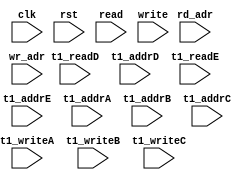
module ip_top_sva_2_smurf_2r3w
  #(
parameter     NUMADDR = 1024,
parameter     BITADDR = 10,
parameter     NUMWRPRT = 1,
parameter     NUMRDPRT = 1)
(
  input clk,
  input rst,
  input [NUMRDPRT-1:0]             read,
  input [NUMRDPRT*BITADDR-1:0]     rd_adr,
  input [NUMWRPRT-1:0]             write,
  input [NUMWRPRT*BITADDR-1:0]     wr_adr,
  input                            t1_readD,
  input [BITADDR-1:0]              t1_addrD,
  input                            t1_readE,
  input [BITADDR-1:0]              t1_addrE,
  input                            t1_writeA, 
  input [BITADDR-1:0]              t1_addrA,
  input                            t1_writeB, 
  input [BITADDR-1:0]              t1_addrB,
  input                            t1_writeC, 
  input [BITADDR-1:0]              t1_addrC
);

`ifdef FORMAL
//synopsys translate_off
genvar wr_int;
generate for (wr_int=0; wr_int<NUMWRPRT; wr_int=wr_int+1) begin: wr_loop
  wire write_wire = write >> wr_int;
  wire [BITADDR-1:0] wr_adr_wire = wr_adr >> (wr_int*BITADDR);

  assert_wr_range_check: assume property (@(posedge clk) disable iff (rst) write_wire |-> (wr_adr_wire < NUMADDR));
end
endgenerate

genvar t1_vbnk_int, t1_prpt_int;

genvar rd_int;
generate for (rd_int=0; rd_int<NUMRDPRT; rd_int=rd_int+1) begin: rd_loop
  wire read_wire = read >> rd_int;
  wire [BITADDR-1:0] rd_adr_wire = rd_adr >> (rd_int*BITADDR);

  assert_rd_range_check: assume property (@(posedge clk) disable iff (rst) read_wire |-> (rd_adr_wire < NUMADDR));
end
endgenerate


//synopsys translate_on
`endif
endmodule

module ip_top_sva_smurf_2r3w
#(
  parameter WIDTH = 16,
  parameter BITWDTH = 4,
  parameter NUMRDPRT = 1,
  parameter NUMWRPRT = 1,
  parameter NUMADDR  = 1024,
  parameter BITADDR  = 10,
  parameter SRAM_DELAY = 1,
  parameter FLOPIN    = 0,
  parameter FLOPOUT   = 0
)
(
  input clk,
  input rst,
  input [NUMRDPRT-1:0] read,
  input [NUMRDPRT*BITADDR-1:0] rd_adr,
  input [NUMRDPRT*WIDTH-1:0] rd_dout,
  input [NUMRDPRT-1:0] rd_vld,
  input [NUMWRPRT-1:0] write,
  input [NUMWRPRT*BITADDR-1:0] wr_adr,
  input [NUMWRPRT*WIDTH-1:0] din,
  input [NUMWRPRT*WIDTH-1:0] bw,
  input t1_writeA,
  input [WIDTH-1:0] t1_dinA,
  input [WIDTH-1:0] t1_bwA,
  input [BITADDR-1:0] t1_addrA,
  input t1_writeB,
  input [WIDTH-1:0] t1_dinB,
  input [WIDTH-1:0] t1_bwB,
  input [BITADDR-1:0] t1_addrB,
  input t1_writeC,
  input [WIDTH-1:0] t1_dinC,
  input [WIDTH-1:0] t1_bwC,
  input [BITADDR-1:0] t1_addrC,
  input t1_readD,
  input [WIDTH-1:0] t1_doutD,
  input [BITADDR-1:0] t1_addrD,
  input t1_readE,
  input [WIDTH-1:0] t1_doutE,
  input [BITADDR-1:0] t1_addrE,
  input [BITADDR-1:0] select_addr,
  input [BITWDTH-1:0] select_bit
);
`ifdef FORMAL
//synopsys translate_off

wire [BITADDR-1:0] wr_adr_wire [0:NUMWRPRT-1];
wire [WIDTH-1:0]   wr_din_wire [0:NUMWRPRT-1];
wire [WIDTH-1:0]   bw_wire [0:NUMWRPRT-1];
genvar wr_var;
generate for (wr_var=0; wr_var<NUMWRPRT; wr_var=wr_var+1) begin : w_loop
  assign bw_wire[wr_var]     = bw[WIDTH*(wr_var+1)-1:WIDTH*wr_var]; 
  assign wr_adr_wire[wr_var] = wr_adr[BITADDR*(wr_var+1)-1: BITADDR*wr_var];
  assign wr_din_wire[wr_var] = din[WIDTH*(wr_var+1)-1:WIDTH*wr_var];
end
endgenerate

reg meminv;
reg mem;
always @(posedge clk) 
  if(rst)
    meminv <= 1'b1;
  else begin 
    if(t1_writeA && t1_bwA[select_bit] && (t1_addrA == select_addr)) begin
      meminv <= 1'b0;
      mem <= t1_dinA[select_bit];
    end 
    if(t1_writeB && t1_bwB[select_bit] && (t1_addrB == select_addr)) begin
      meminv <= 1'b0;
      mem <= t1_dinB[select_bit];
    end 
    if(t1_writeC && t1_bwC[select_bit] && (t1_addrC == select_addr)) begin
      meminv <= 1'b0;
      mem <= t1_dinC[select_bit];
    end
  end

generate if (SRAM_DELAY>0) begin : pd_loop
assert_pdoutD_check: assert property (@(posedge clk) disable iff (rst)
				       (t1_readD && (t1_addrD == select_addr)) |-> ##SRAM_DELAY
                                       ($past(meminv,SRAM_DELAY) || (t1_doutD[select_bit] == $past(mem,SRAM_DELAY))));
assert_pdoutE_check: assert property (@(posedge clk) disable iff (rst)
				       (t1_readE && (t1_addrE == select_addr)) |-> ##SRAM_DELAY
                                       ($past(meminv,SRAM_DELAY) || (t1_doutE[select_bit] == $past(mem,SRAM_DELAY))));
end else begin : npd_loop
assert_pdoutD_check: assert property (@(posedge clk) disable iff (rst)
				       (t1_readD && (t1_addrD == select_addr)) |-> ##SRAM_DELAY
                                       (meminv || (t1_doutD[select_bit] == mem)));
assert_pdoutE_check: assert property (@(posedge clk) disable iff (rst)
				       (t1_readE && (t1_addrE == select_addr)) |-> ##SRAM_DELAY
                                       (meminv || (t1_doutE[select_bit] == mem)));
end
endgenerate

reg fakememinv;
reg fakemem;
always @(posedge clk)
  if (rst) 
    fakememinv <= 1'b1;
  else  begin
    for (integer w_int =0 ;w_int <NUMWRPRT; w_int=w_int+1) 
      if (write[w_int] && bw_wire[w_int][select_bit] && (wr_adr_wire[w_int] == select_addr)) begin
        fakememinv <= 1'b0;
        fakemem <= wr_din_wire[w_int][select_bit];
      end
  end

assert_fakemem_check: assert property (@(posedge clk) disable iff (rst) 1'b1 |-> ##1
					   (fakememinv || fakemem == mem));

genvar doutr_int;
generate for (doutr_int=0; doutr_int<NUMRDPRT; doutr_int=doutr_int+1) begin: doutr_loop
  wire read_wire = read >> doutr_int;
  wire [BITADDR-1:0] rd_adr_wire = rd_adr >> (doutr_int*BITADDR);
  wire rd_vld_wire = rd_vld >> doutr_int;
  wire [WIDTH-1:0] rd_dout_wire = rd_dout >> (doutr_int*WIDTH);

  if(FLOPIN+SRAM_DELAY+FLOPOUT>0) begin : dly_loop
  assert_dout_check: assert property (@(posedge clk) disable iff (rst) (read_wire && (rd_adr_wire == select_addr)) |-> ##(FLOPIN+SRAM_DELAY+FLOPOUT)
                                      ($past(fakememinv,FLOPIN+SRAM_DELAY+FLOPOUT) ||
                                                       ((rd_vld_wire == 1'b1) && (rd_dout_wire[select_bit] == $past(fakemem,FLOPIN+SRAM_DELAY+FLOPOUT)))));
  end else begin : ndly_loop
  assert_dout_check: assert property (@(posedge clk) disable iff (rst) (read_wire && (rd_adr_wire == select_addr)) |-> ##(FLOPIN+SRAM_DELAY+FLOPOUT)
                                      (fakememinv || ((rd_vld_wire==1'b1) && (rd_dout_wire[select_bit] == fakemem))));
  end
end
endgenerate
//synopsys translate_on
`endif

endmodule